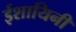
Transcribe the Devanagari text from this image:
ईशायिनी